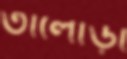
তালোড়া